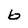
Character: b